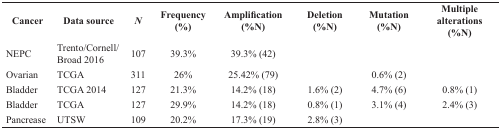
<table><thead><tr><td><b>Cancer</b></td><td><b>Data source</b></td><td><b><i>N</i></b></td><td><b>Frequency (%)</b></td><td><b>Amplification (%N)</b></td><td><b>Deletion (%N)</b></td><td><b>Mutation (%N)</b></td><td><b>Multiple alterations (%N)</b></td></tr></thead><tbody><tr><td>NEPC</td><td>Trento/Cornell/Broad 2016</td><td>107</td><td>39.3%</td><td>39.3% (42)</td><td></td><td></td><td></td></tr><tr><td>Ovarian</td><td>TCGA</td><td>311</td><td>26%</td><td>25.42% (79)</td><td></td><td>0.6% (2)</td><td></td></tr><tr><td>Bladder</td><td>TCGA 2014</td><td>127</td><td>21.3%</td><td>14.2% (18)</td><td>1.6% (2)</td><td>4.7% (6)</td><td>0.8% (1)</td></tr><tr><td>Bladder</td><td>TCGA</td><td>127</td><td>29.9%</td><td>14.2% (18)</td><td>0.8% (1)</td><td>3.1% (4)</td><td>2.4% (3)</td></tr><tr><td>Pancrease</td><td>UTSW</td><td>109</td><td>20.2%</td><td>17.3% (19)</td><td>2.8% (3)</td><td></td><td></td></tr></tbody></table>